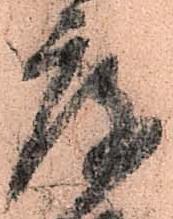
庫